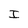
Character: I